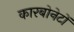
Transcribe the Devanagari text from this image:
कारबोनेटों